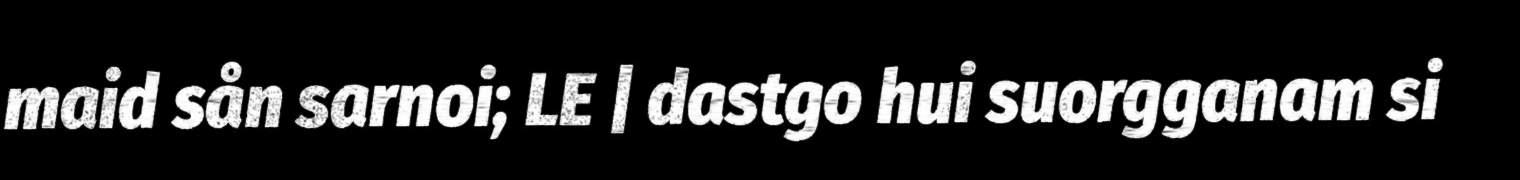
maid sån sarnoi; LE | dastgo hui suorgganam si